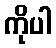
ကိုပါ